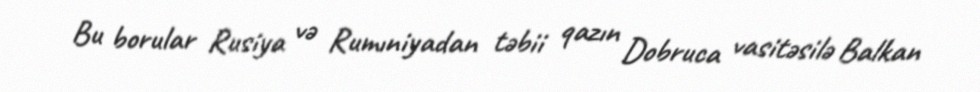
Bu borular Rusiya və Rumıniyadan təbii qazın Dobruca vasitəsilə Balkan